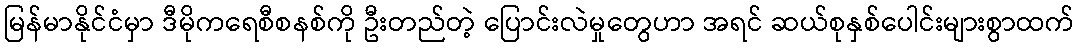
မြန်မာနိုင်ငံမှာ ဒီမိုကရေစီစနစ်ကို ဦးတည်တဲ့ ပြောင်းလဲမှုတွေဟာ အရင် ဆယ်စုနှစ်ပေါင်းများစွာထက်